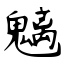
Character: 魑